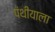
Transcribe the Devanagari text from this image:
पंथीयाला